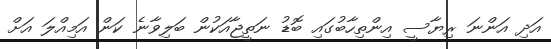
އަދި އަންނަ ރިޔާސީ އިންތިހާބުގައި ބޮޑު ނަތީޖާއަކުން ބަލިވާނެ ކަން އަމިއްލަ އަށް